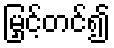
မြှင့်တင်၍